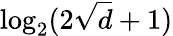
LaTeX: \log_{2}(2\sqrt{d}+1)